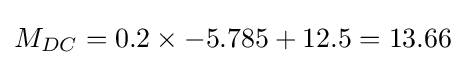
M_{DC}=0.2\times -5.785+12.5=13.66